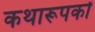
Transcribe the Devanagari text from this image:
कथारूपकों